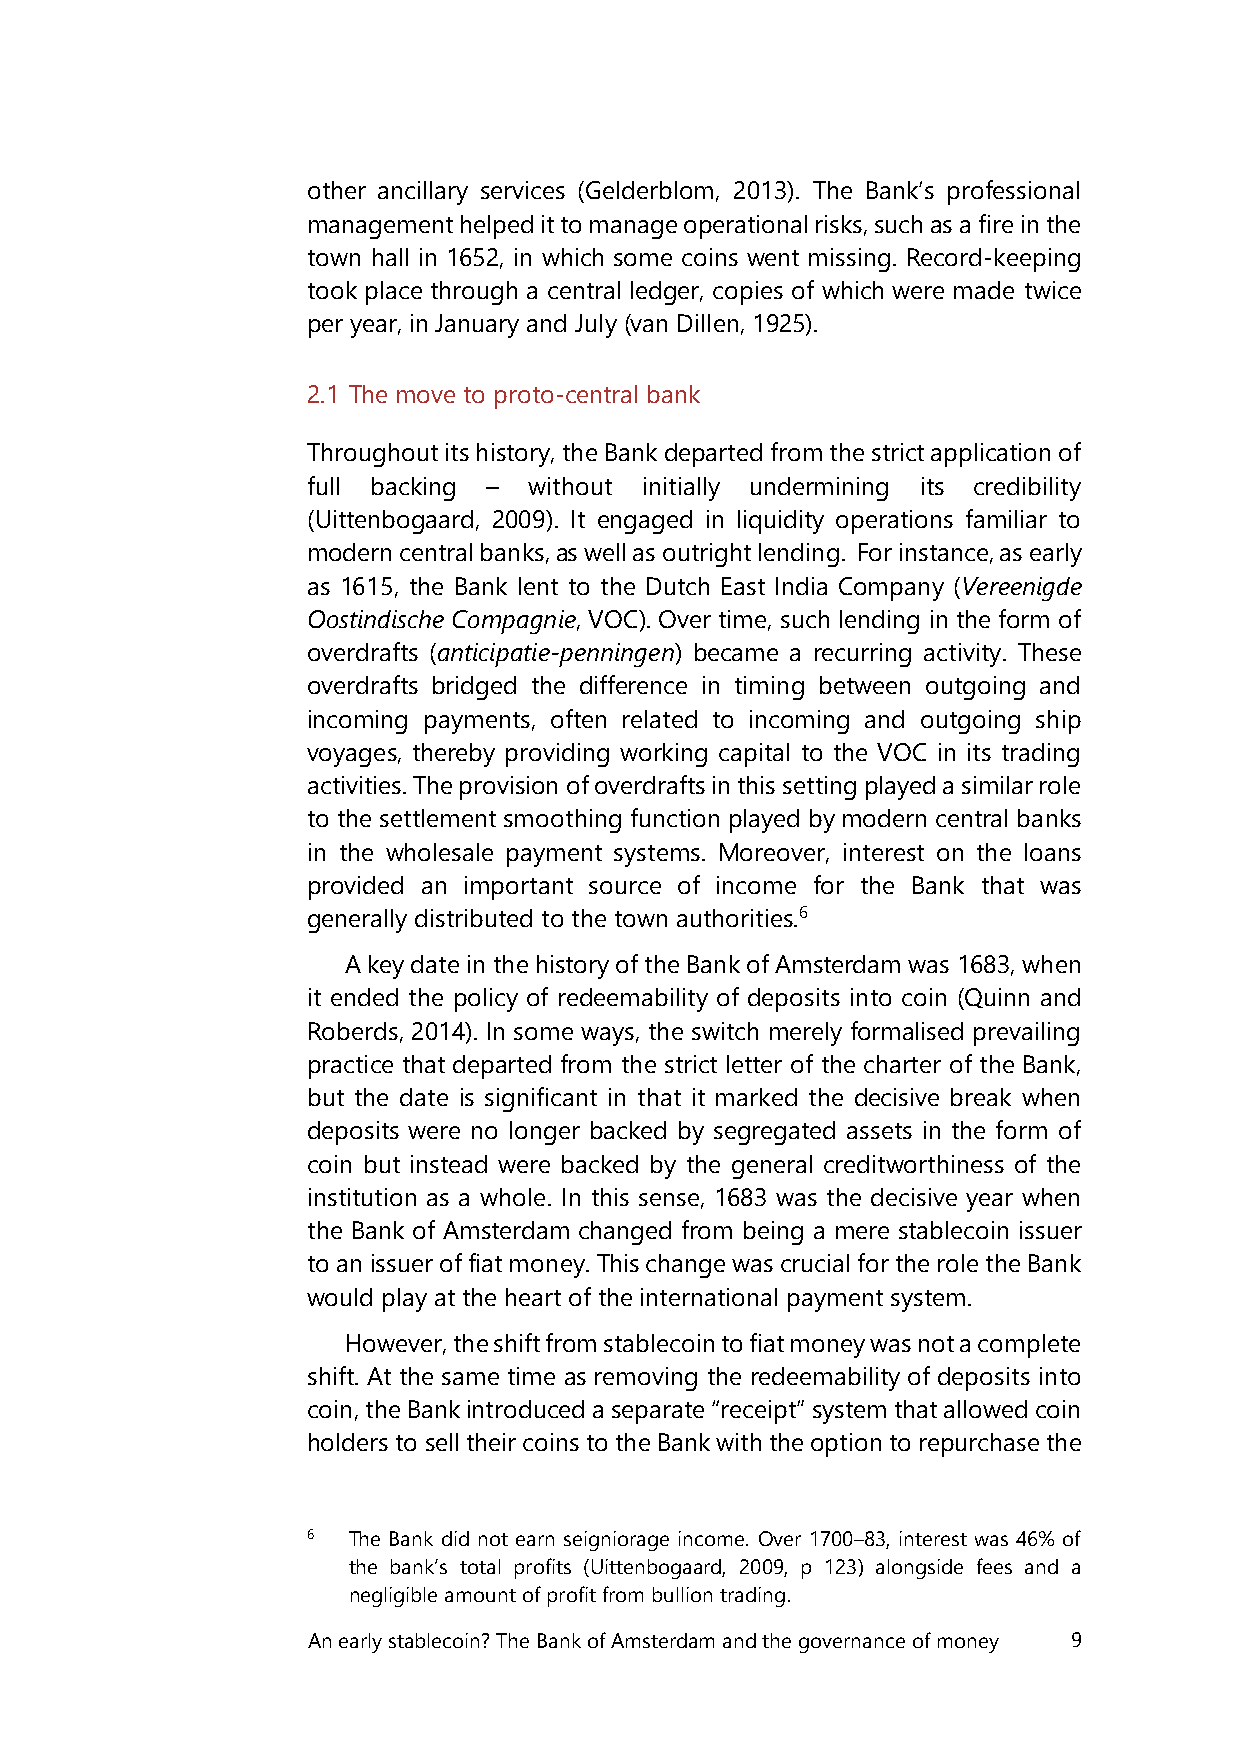
other ancillary services (Gelderblom, 2013). The Bank’s professional
 management helped it to manage operational risks, such as a fire in the
 town hall in 1652, in which some coins went missing. Record-keeping
 took place through a central ledger, copies of which were made twice
 per year, in January and July (van Dillen, 1925).
 2.1 The move to proto-central bank
 Throughout its history, the Bank departed from the strict application of
 full backing – without initially undermining its credibility
 (Uittenbogaard, 2009). It engaged in liquidity operations familiar to
 modern central banks, as well as outright lending. For instance, as early
 as 1615, the Bank lent to the Dutch East India Company (Vereenigde
 Oostindische Compagnie, VOC). Over time, such lending in the form of
 overdrafts (anticipatie-penningen) became a recurring activity. These
 overdrafts bridged the difference in timing between outgoing and
 incoming payments, often related to incoming and outgoing ship
 voyages, thereby providing working capital to the VOC in its trading
 activities. The provision of overdrafts in this setting played a similar role
 to the settlement smoothing function played by modern central banks
 in the wholesale payment systems. Moreover, interest on the loans
 provided an important source of income for the Bank that was
 generally distributed to the town authorities.6
 A key date in the history of the Bank of Amsterdam was 1683, when
 it ended the policy of redeemability of deposits into coin (Quinn and
 Roberds, 2014). In some ways, the switch merely formalised prevailing
 practice that departed from the strict letter of the charter of the Bank,
 but the date is significant in that it marked the decisive break when
 deposits were no longer backed by segregated assets in the form of
 coin but instead were backed by the general creditworthiness of the
 institution as a whole. In this sense, 1683 was the decisive year when
 the Bank of Amsterdam changed from being a mere stablecoin issuer
 to an issuer of fiat money. This change was crucial for the role the Bank
 would play at the heart of the international payment system.
 However, the shift from stablecoin to fiat money was not a complete
 shift. At the same time as removing the redeemability of deposits into
 coin, the Bank introduced a separate “receipt” system that allowed coin
 holders to sell their coins to the Bank with the option to repurchase the
 6  The Bank did not earn seigniorage income. Over 1700–83, interest was 46% of
 the bank’s total profits (Uittenbogaard, 2009, p 123) alongside fees and a
 negligible amount of profit from bullion trading.
 An early stablecoin? The Bank of Amsterdam and the governance of money 9